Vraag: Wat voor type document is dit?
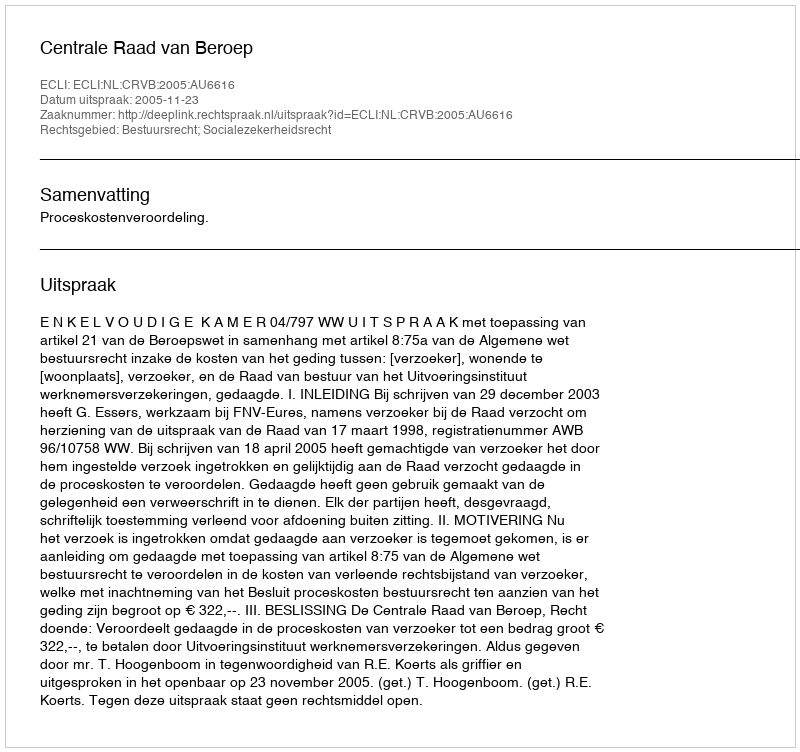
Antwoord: Uitspraak